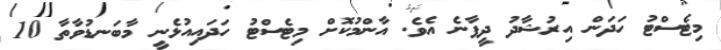
މިޓެސްޓު ހަދަން އިރުޝާދު ދީފާނެ އެވެ. އާންމުކޮށް މިޓެސްޓު ހަދައިއުޅެނީ މާބަނޑުވާތާ 10